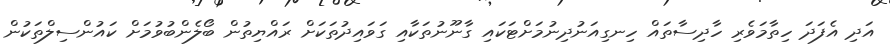
އަދި އެފަދަ ހިތާމަވެރި ހާދިސާތައް ހިނގިއަނުދިނުމަށްޓަކައި ގާނޫނުތަކާއި ގަވައިދުތަކަށް ރައްޔިތުން ބޯލެންބުވުމަށް ކައުންސިލްތަކުން